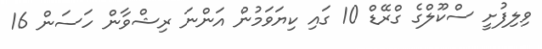
ވިލިފުށީ ސްކޫލްގެ ގްރޭޑް 10 ގައި ކިޔަވަމުން އަންނަ ރިޝްވާން ހަސަން 16